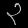
Digit: ၃